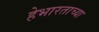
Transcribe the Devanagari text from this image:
हेभारताच्या